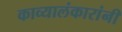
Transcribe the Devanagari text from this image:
काव्यालंकारांनी